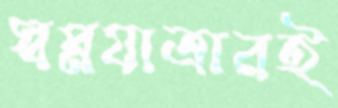
স্বপ্নযাত্রারই